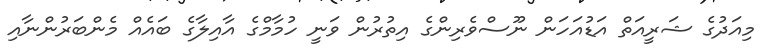
މިއަދުގެ ޝަރީއަތް އަޑުއަހަން ނޫސްވެރިންގެ އިތުރުން ވަނީ ހުމާމްގެ އާއިލާގެ ބައެއް މެންބަރުންނާއި